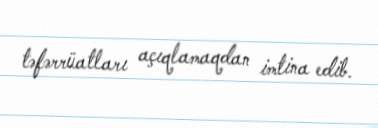
təfərrüatları açıqlamaqdan imtina edib.